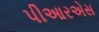
પીઆરએસ